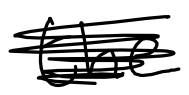
Text: the
Cross-out: scratch
Writing tool: digital_black